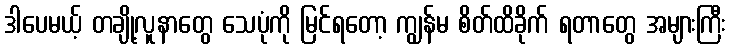
ဒါပေမယ့် တချို့လူနာတွေ သေပုံကို မြင်ရတော့ ကျွန်မ စိတ်ထိခိုက် ရတာတွေ အများကြီး